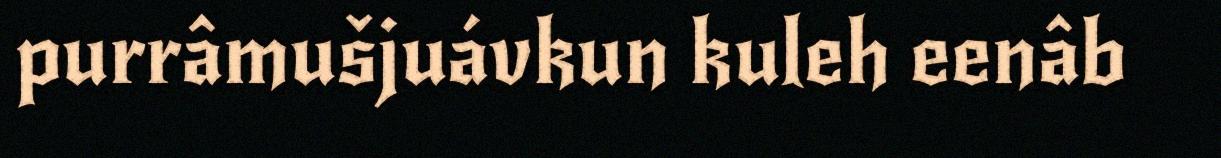
purrâmušjuávkun kuleh eenâb